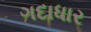
ગદાધાર